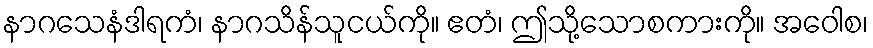
နာဂသေနံဒါရကံ၊ နာဂသိန်သူငယ်ကို။ ဧတံ၊ ဤသို့သောစကားကို။ အဝေါစ၊